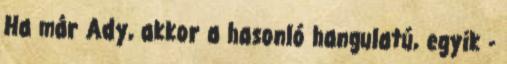
Ha már Ady, akkor a hasonló hangulatú, egyik -